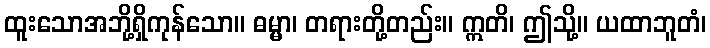
ထူးသောအဘို့ရှိကုန်သော။ ဓမ္မာ၊ တရားတို့တည်း။ ဣတိ၊ ဤသို့။ ယထာဘူတံ၊